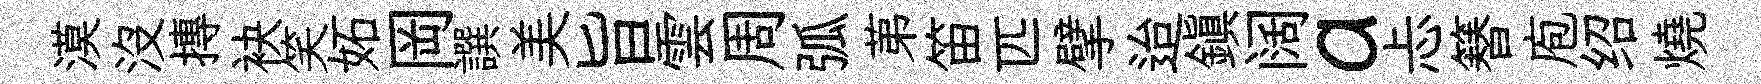
漠沒摶袂笑妬岡譔美旨雲周弧苐笛匹擘迨鎮阔a忐簮庖绍燒